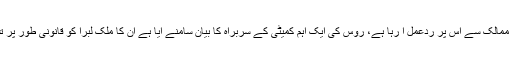
جب سے فیس بک نے اپنی کرنسی کا اعلان کیا ہے مختلف ممالک سے اس پر ردعمل آ رہا ہے، روس کی ایک اہم کمیٹی کے سربراہ کا بیان سامنے آیا ہے ان کا ملک لبرا کو قانونی طور پر تسلیم نہیں کرے گا اور اس پر پابندی عائد کر دی جائے گی۔